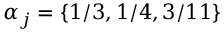
\alpha _ { j } = \{ 1 / 3 , 1 / 4 , 3 / 1 1 \}